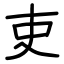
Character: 吏